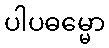
ပါပဓမ္မော